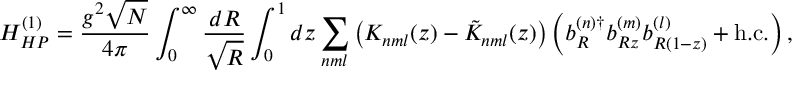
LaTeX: H _ { H P } ^ { ( 1 ) } = \frac { g ^ { 2 } \sqrt { N } } { 4 \pi } \int _ { 0 } ^ { \infty } \frac { d R } { \sqrt { R } } \int _ { 0 } ^ { 1 } d z \sum _ { n m l } \left( K _ { n m l } ( z ) - \tilde { K } _ { n m l } ( z ) \right) \left( b _ { R } ^ { ( n ) \dagger } b _ { R z } ^ { ( m ) } b _ { R ( 1 - z ) } ^ { ( l ) } + \mathrm { h . c . } \right) ,